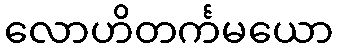
လောဟိတင်္ကမယော